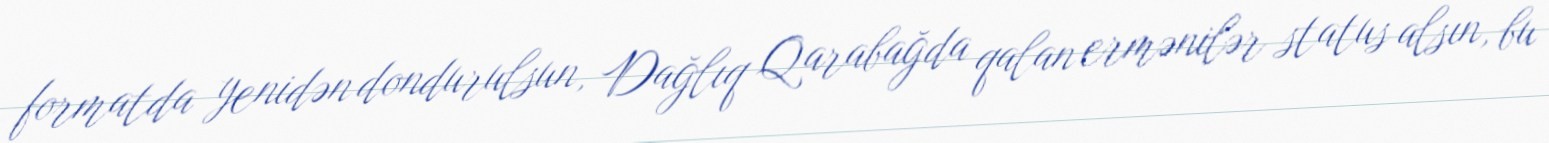
formatda yenidən dondurulsun, Dağlıq Qarabağda qalan ermənilər status alsın, bu